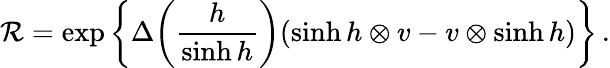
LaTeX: {\cal R}=\exp\left\{ \Delta\! \left(\frac{h}{\sinh h}\right)(\sinh h\otimes v-v\otimes\sinh h)\right\} \, .